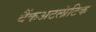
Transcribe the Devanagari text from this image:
बैंकअटलांटिक